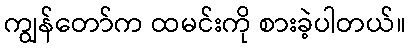
ကျွန်တော်က ထမင်းကို စားခဲ့ပါတယ်။